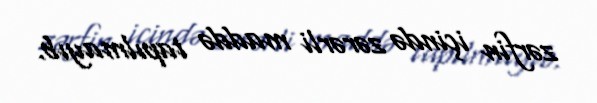
zərfin içində zərərli maddə tapılmayıb.